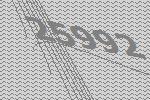
25992